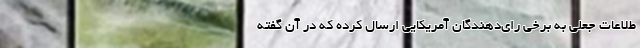
طلاعات جعلی به برخی رای‌دهندگان آمریکایی ارسال کرده که در آن گفته